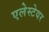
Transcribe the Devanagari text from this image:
एलेस्टेयर